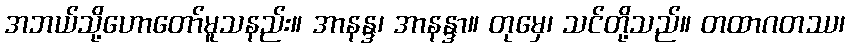
အဘယ်သို့ဟောတော်မူသနည်း။ အာနန္ဒ၊ အာနန္ဒာ။ တုမှေ၊ သင်တို့သည်။ တထာဂတဿ၊